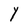
Character: Y